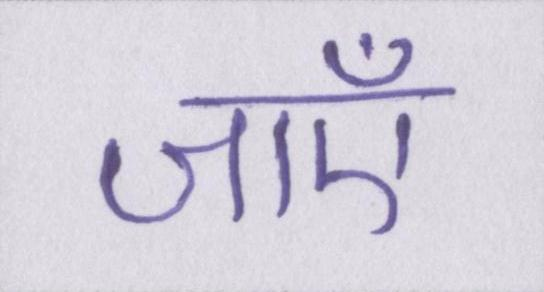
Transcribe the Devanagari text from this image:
जाएँ